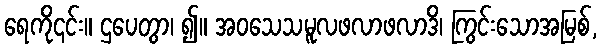
ရေကို၎င်း။ ဌပေတွာ၊ ၍။ အဝသေသမူလဖလာဖလာဒိ၊ ကြွင်းသောအမြစ်,